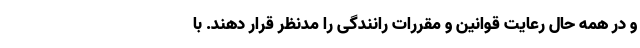
و در همه حال رعایت قوانین و مقررات رانندگی را مدنظر قرار دهند. با